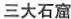
三大石窟